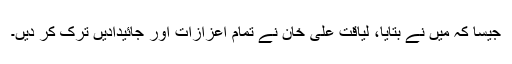
جیسا کہ میں نے بتایا، لیاقت علی خان نے تمام اعزازات اور جائیدادیں ترک کر دیں۔